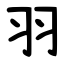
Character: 羽